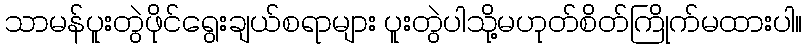
သာမန်ပူးတွဲဖိုင်ရွေးချယ်စရာများ ပူးတွဲပါသို့မဟုတ်စိတ်ကြိုက်မထားပါ။